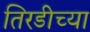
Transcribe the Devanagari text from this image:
तिरडीच्या